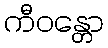
ကီဝန္တော